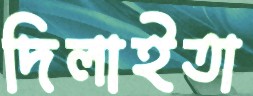
দিলাইতা